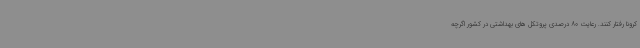
کرونا رفتار کنند. رعایت 80 درصدی پروتکل های بهداشتی در کشور اگرچه